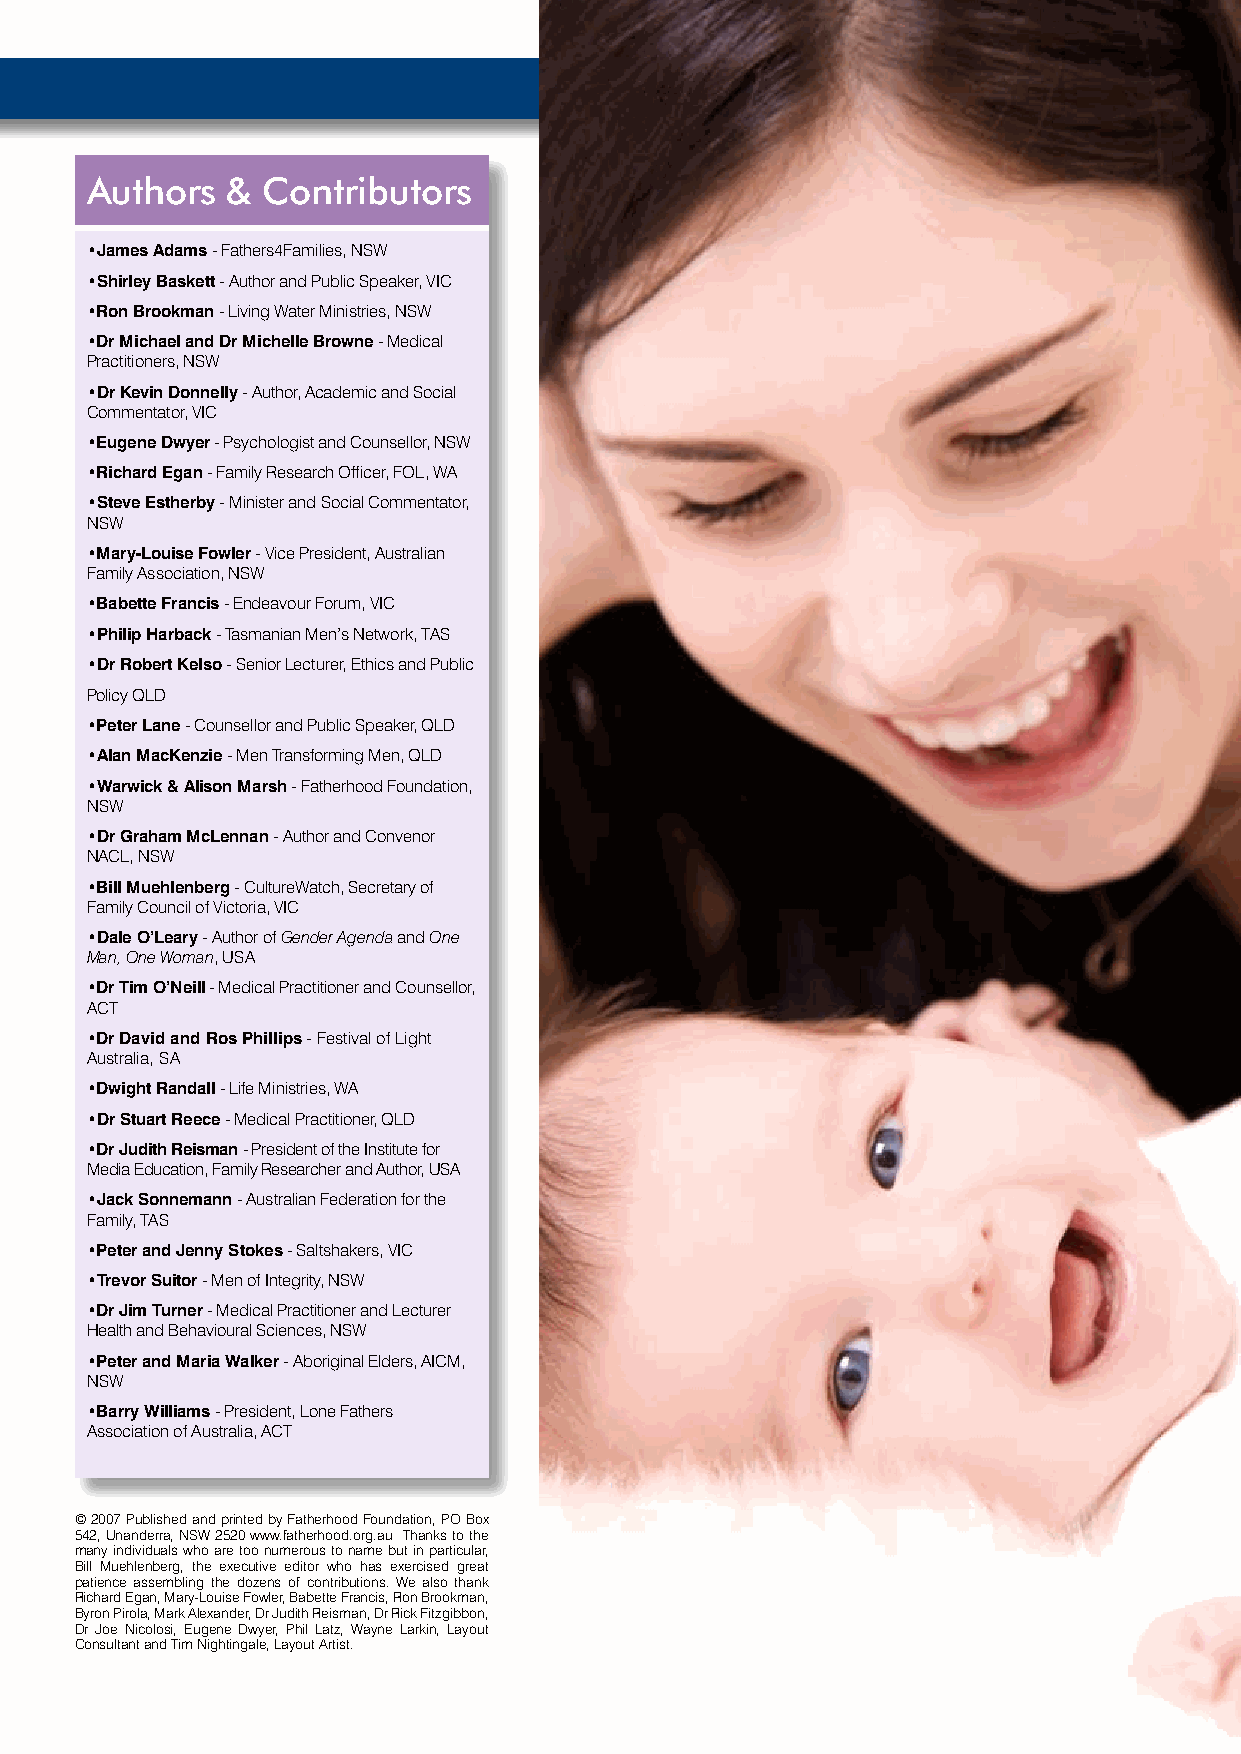
Authors  & Contributors
 •James Adams - Fathers4Families, NSW
 •Shirley Baskett - Author and Public Speaker, VIC
 •Ron Brookman - Living Water Ministries, NSW
 •Dr Michael and Dr Michelle Browne - Medical
 Practitioners, NSW
 •Dr Kevin Donnelly - Author, Academic and Social
 Commentator, VIC
 •Eugene Dwyer - Psychologist and Counsellor, NSW
 •Richard Egan - Family Research Officer, FOL, WA
 •Steve Estherby - Minister and Social Commentator,
 NSW
 •Mary-Louise Fowler - Vice President, Australian
 Family Association, NSW
 •Babette Francis - Endeavour Forum, VIC
 •Philip Harback - Tasmanian Men’s Network, TAS
 •Dr Robert Kelso - Senior Lecturer, Ethics and Public
 Policy QLD
 •Peter Lane - Counsellor and Public Speaker, QLD
 •Alan MacKenzie - Men Transforming Men, QLD
 •Warwick & Alison Marsh - Fatherhood Foundation,
 NSW
 •Dr Graham McLennan - Author and Convenor
 NACL, NSW
 •Bill Muehlenberg - CultureWatch, Secretary of
 Family Council of Victoria, VIC
 •Dale O’Leary - Author of Gender Agenda and One
 Man, One Woman, USA
 •Dr Tim O’Neill - Medical Practitioner and Counsellor,
 ACT
 •Dr David and Ros Phillips - Festival of Light
 Australia, SA
 •Dwight Randall - Life Ministries, WA
 •Dr Stuart Reece - Medical Practitioner, QLD
 •Dr Judith Reisman - President of the Institute for
 Media Education, Family Researcher and Author, USA
 •Jack Sonnemann - Australian Federation for the
 Family, TAS
 •Peter and Jenny Stokes - Saltshakers, VIC
 •Trevor Suitor - Men of Integrity, NSW
 •Dr Jim Turner - Medical Practitioner and Lecturer
 Health and Behavioural Sciences, NSW
 •Peter and Maria Walker - Aboriginal Elders, AICM,
 NSW
 •Barry Williams - President, Lone Fathers
 Association of Australia, ACT
 © 2007 Published and printed by Fatherhood Foundation, PO Box
 542, Unanderra, NSW 2520 www.fatherhood.org.au Thanks to the
 many individuals who are too numerous to name but in particular,
 Bill Muehlenberg, the executive editor who has exercised great
 patience assembling the dozens of contributions. We also thank
 Richard Egan, Mary-Louise Fowler, Babette Francis, Ron Brookman,
 Byron Pirola, Mark Alexander, Dr Judith Reisman, Dr Rick Fitzgibbon,
 Dr Joe Nicolosi, Eugene Dwyer, Phil Latz, Wayne Larkin, Layout
 Consultant and Tim Nightingale, Layout Artist.
 Gender Matters 3